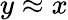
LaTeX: y\approx x